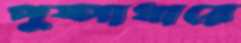
পুষ্পাধারে